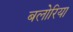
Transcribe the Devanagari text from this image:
बलोरिया